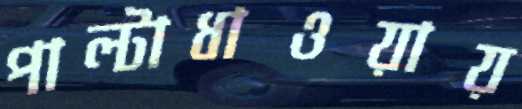
পাল্টাধাওয়ায়